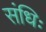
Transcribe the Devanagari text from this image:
संधिः